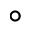
^ { \circ }